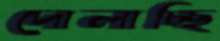
দোলাচ্ছি